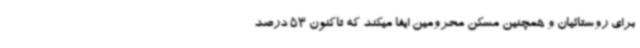
برای روستائیان و همچنین مسکن محرومین ایفا میکند که تاکنون 53 درصد